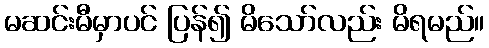
မဆင်းမီမှာပင် ပြန်၍ မိသော်လည်း မိရမည်။